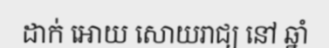
ដាក់ អោយ សោយរាជ្យ នៅ ឆ្នាំ